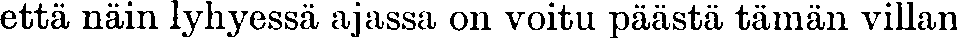
että näin lyhyessä ajassa on voitu päästä tämän villan